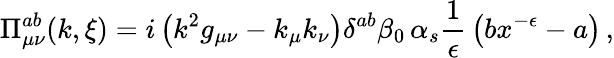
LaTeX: \Pi_{\mu\nu}^{ab}(k,\xi)=i\left(k^{2}g_{\mu\nu}-k_{\mu}k_{\nu}\right)\delta^{ab}\beta_{0}\, \alpha_{s}{\frac{1}{\epsilon}}\left(bx^{-\epsilon}-a\right)\, ,